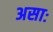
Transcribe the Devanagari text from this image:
असाः